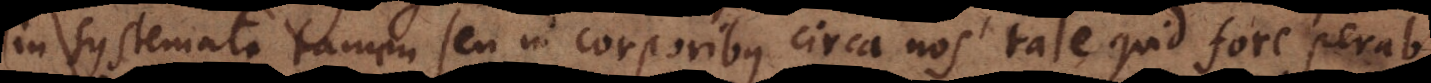
in systemate tamen seu in corporibus circa nos tale quid fore perab